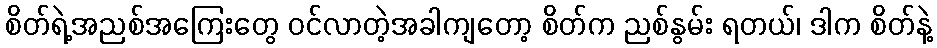
စိတ်ရဲ့အညစ်အကြေးတွေ ဝင်လာတဲ့အခါကျတော့ စိတ်က ညစ်နွမ်း ရတယ်၊ ဒါက စိတ်နဲ့